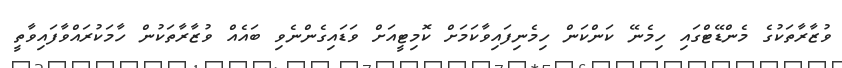
ވުޒާރާތަކުގެ މެންޑޭޓްގައި ހިމެނޭ ކަންކަން ހިމެނިފައިވާކަމަށް ކޮމިޓީއަށް ވަޑައިގެންނެވި ބައެއް ވުޒާރާތަކުން ހާމަކުރައްވާފައިވާތީ